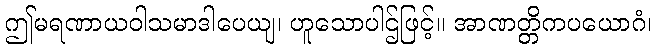
ဤမရဏာယဝါသမာဒါပေယျ၊ ဟူသောပါဌ်ဖြင့်။ အာဏတ္တိကပယောဂံ၊